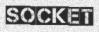
SOCKET